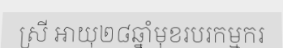
ស្រី អាយុ២៨ឆ្នាំមុខរបរកម្មករ